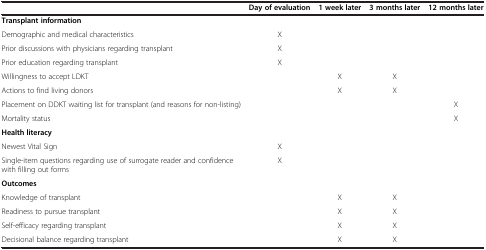
|  | Day of evaluation | 1 week later | 3 months later | 12 months later |
 | --- | --- | --- | --- | --- |
 | Transplant information |  |  |  |  |
 | Demographic and medical characteristics | X |  |  |  |
 | Prior discussions with physicians regarding transplant | X |  |  |  |
 | Prior education regarding transplant | X |  |  |  |
 | Willingness to accept LDKT |  | X | X |  |
 | Actions to find living donors |  | X | X |  |
 | Placement on DDKT waiting list for transplant (and reasons for non-listing) |  |  |  | X |
 | Mortality status |  |  |  | X |
 | Health literacy |  |  |  |  |
 | Newest Vital Sign | X |  |  |  |
 | Single-item questions regarding use of surrogate reader and confidence with filling out forms | X |  |  |  |
 | Outcomes |  |  |  |  |
 | Knowledge of transplant |  | X | X |  |
 | Readiness to pursue transplant |  | X | X |  |
 | Self-efficacy regarding transplant |  | X | X |  |
 | Decisional balance regarding transplant |  | X | X |  |